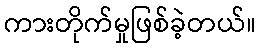
ကားတိုက်မှုဖြစ်ခဲ့တယ်။